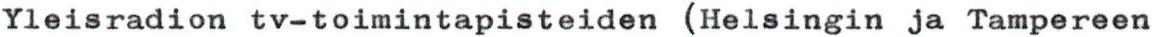
Yleisradion tv-toimintapisteiden (Helsingin ja Tampereen